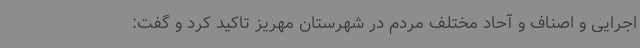
اجرایی و اصناف و آحاد مختلف مردم در شهرستان مهریز تاکید کرد و گفت: